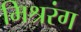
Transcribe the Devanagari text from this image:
मिश्ररंग